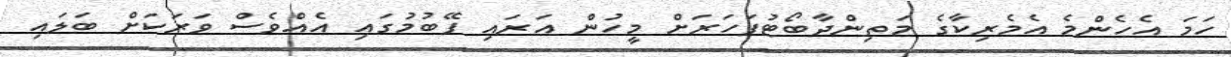
ހަމަ އެހެންމެ އެމެރިކާގެ މަތިންދާބޯޓުފަހަރަށް މީހުން އަރައި ފޭބުމުގައި އެއްވެސް ވަރަކަށް ބަލައި